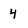
Character: 4